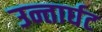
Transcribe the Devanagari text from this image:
उन्तार्घट